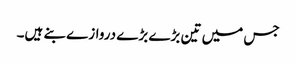
جس میں تین بڑے بڑے دروازے بنے ہیں۔